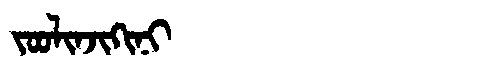
Manchu: ᠵᠣᠣᠯᡳᠨᠵᡳᡴᡳᠨᡳ
Romanization: JOOLINJIKINI